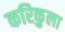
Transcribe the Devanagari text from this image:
करिकुला